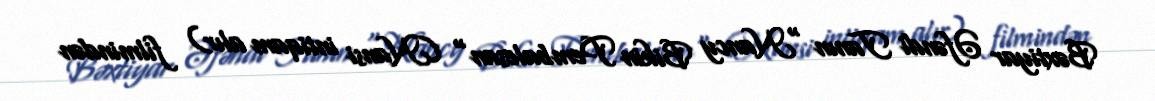
Bəxtiyar Əfəndi Tanın "Nancy Bikin Pembalesan" (Nansi intiqam alır) filmindən